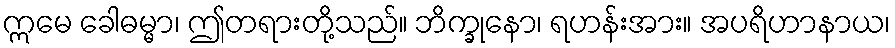
ဣမေ ခေါဓမ္မာ၊ ဤတရားတို့သည်။ ဘိက္ခုနော၊ ရဟန်းအား။ အပရိဟာနာယ၊